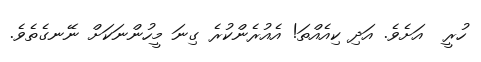
ހުރީ  އަށެވެ. އަދި ކިއެއްތަ! އެއުރެންކުރެ ގިނަ މީހުންނަކަށް ނޭނގެތެވެ.